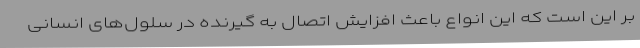
بر این است که این انواع باعث افزایش اتصال به گیرنده در سلول‌های انسانی